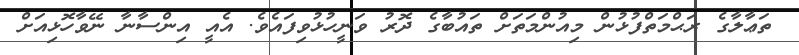
ތަޢާލާގެ ރަޙްމަތްފުޅުން މިއުންމަތަށް ތައުބާގެ ދޮރު ވަނީހުޅުވިފައެވެ. އެއީ އިންސާނާ ނޭވާހޮޅިއަށް